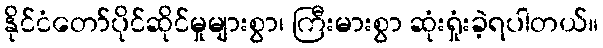
နိုင်ငံတော်ပိုင်ဆိုင်မှုများစွာ၊ ကြီးမားစွာ ဆုံးရှုံးခဲ့ရပါတယ်။